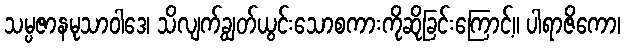
သမ္ပဇာနမုသာဝါဒေ၊ သိလျက်ချွတ်ယွင်းသောစကားကိုဆိုခြင်းကြောင့်။ ပါရာဇိကော၊